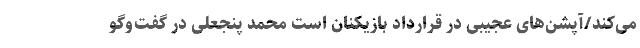
می‌کند/آپشن‌های عجیبی در قرارداد بازیکنان است محمد پنجعلی در گفت‌وگو